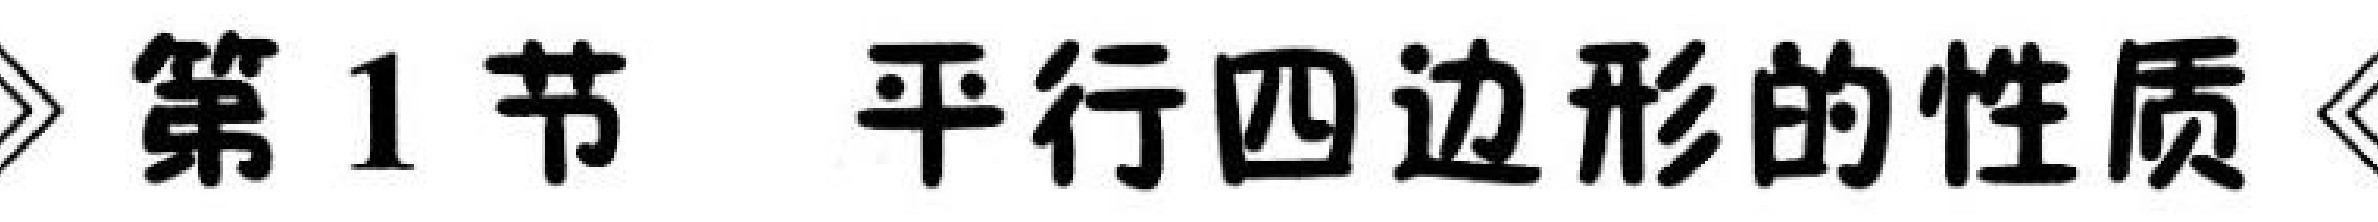
»第1节 平行四边形的性质«